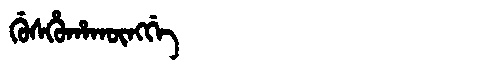
Manchu: ᡤᡠᠰᡥᡠᡥᠠᡴᡡᠩᡤᡝ
Romanization: GUSHUHAKŪNGGE